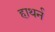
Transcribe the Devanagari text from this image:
हाथर्न